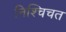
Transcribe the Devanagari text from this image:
निश्चिचत